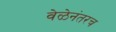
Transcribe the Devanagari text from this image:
वेळेनंतरच